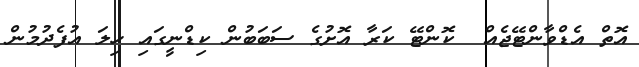
އޮތް އެޑްވާންޓޭޖެއް  ކޮންޓޭ ކަރާ އޮށުގެ ސަބަބުން ކިޑްނީގައި ހިލަ އުފެދުމުން